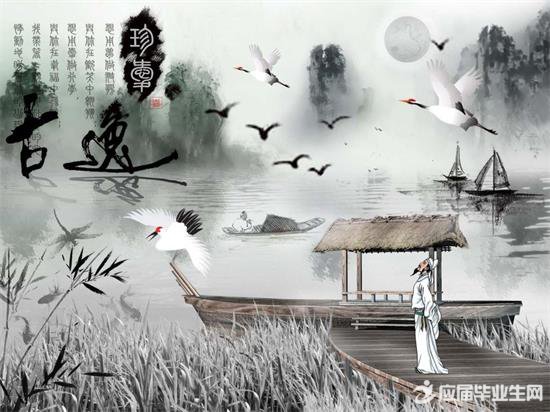
九日悲秋不到心。凤城歌管有新音。